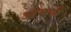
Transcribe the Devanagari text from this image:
आवणी